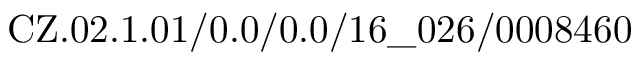
\mathrm { C Z . 0 2 . 1 . 0 1 / 0 . 0 / 0 . 0 / 1 6 \_ 0 2 6 / 0 0 0 8 4 6 0 }